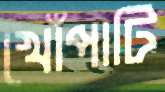
খোঁপাটি